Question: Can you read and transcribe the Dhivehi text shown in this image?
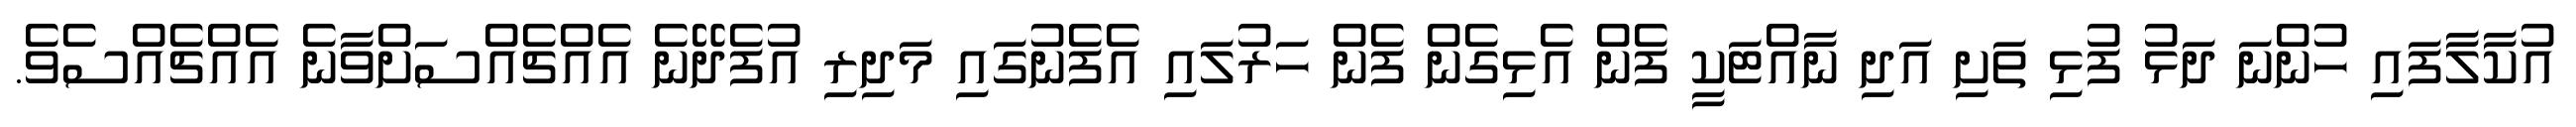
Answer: އުކާލާފައި ހުންނަ ދަޅު ފުޅި ތަށި އަދި ނާއްޓަކީ ފެން އެޅިގެން ފެން ހަރުލައި އެފެނުގައި މަދިރި އުފެދޭނެ އެއްޗެއްސަށްވާނެ އެއްޗެއްސެވެ.